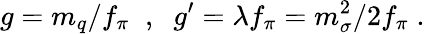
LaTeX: g=m_{q}/f_{\pi}\; \; ,\; \; g^{\prime}=\lambda f_{\pi}=m_{\sigma}^{2}/2f_{\pi}\; .